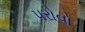
પરોવો